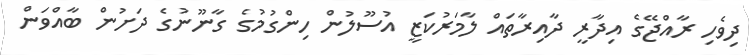
ދިވެހި ރާއްޖޭގެ އިދާރީ ދާއިރާތައް ލާމަރުކަޒީ އުސޫލުން ހިންގުމުގެ ގާނޫނުގެ ދަށުން ބާއްވަން